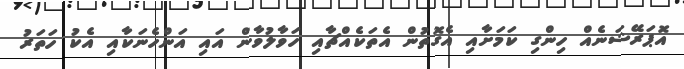
އޮޕަރޭޝަނެއް ހިންގި ކަމަށާއި އެގޮތުން އެތަކެއްޗާއި ހަވާލުވާން އައި އަންހެނަކާއި އެކު ހަތަރު